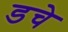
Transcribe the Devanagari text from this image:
डचे